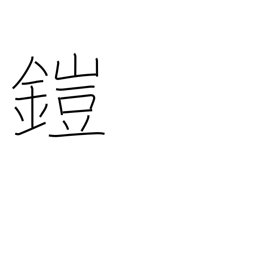
Meaning: put on armor